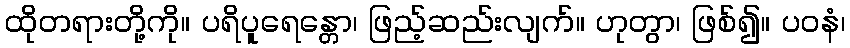
ထိုတရားတို့ကို။ ပရိပူရေန္တော၊ ဖြည့်ဆည်းလျက်။ ဟုတွာ၊ ဖြစ်၍။ ပဝနံ၊